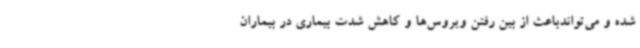
شده و می‌تواندباعث از بین رفتن ویروس‌ها و کاهش شدت بیماری در بیماران